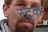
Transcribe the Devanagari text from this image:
स्ट्क